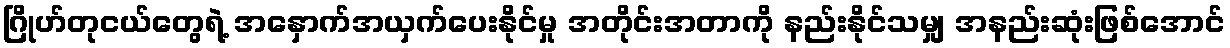
ဂြိုဟ်တုငယ်တွေရဲ့ အနှောက်အယှက်ပေးနိုင်မှု အတိုင်းအတာကို နည်းနိုင်သမျှ အနည်းဆုံးဖြစ်အောင်